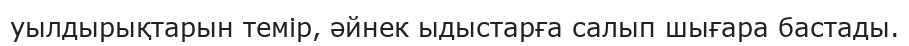
уылдырықтарын темір, әйнек ыдыстарға салып шығара бастады.